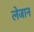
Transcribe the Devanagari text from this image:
लेजान